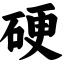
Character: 硬